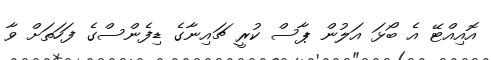
އޮއިއްޓޭ އެ ބޯޅަ އަލުން ޕާސް ކުރީ ޗައިނާގެ ޑިފެންސްގެ ފަހަތަށް ވާ